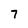
Character: 7